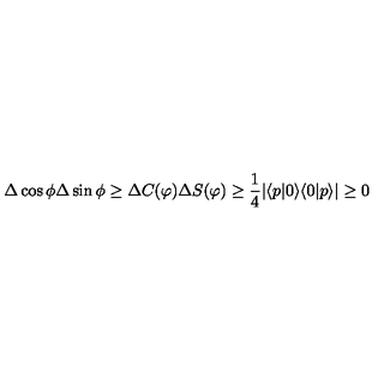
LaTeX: \Delta \cos \phi \Delta \sin \phi \geq \Delta C ( \varphi ) \Delta S ( \varphi ) \geq \frac { 1 } { 4 } | \langle p | 0 \rangle \langle 0 | p \rangle | \geq 0